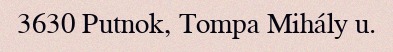
3630 Putnok, Tompa Mihály u.